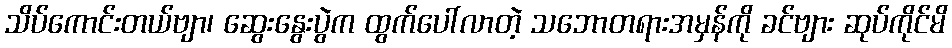
သိပ်ကောင်းတယ်ဗျာ၊ ဆွေးနွေးပွဲက ထွက်ပေါ်လာတဲ့ သဘောတရားအမှန်ကို ခင်ဗျား ဆုပ်ကိုင်မိ